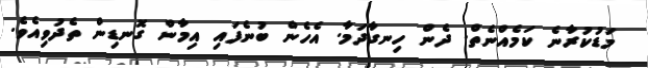
މަޑުކުރާނެ ކަމެއްނެތް. ދެން ހިނގާދަމާ. އެހެން ބުނެފައި އިމާން ގޮނޑިން ތެދުވިއެވެ.